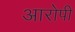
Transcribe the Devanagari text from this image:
अारोपी